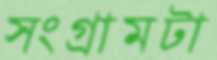
সংগ্রামটা